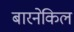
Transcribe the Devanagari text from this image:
बारनेकिल